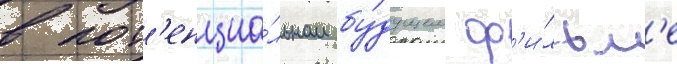
в пот'енциа́льном бу́дущем ф'и́льм'е